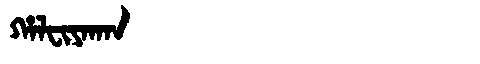
Manchu: ᡥᠠᠯᠸᡳᠶᠠᡴᠠᠨ
Romanization: HALFIYAKAN